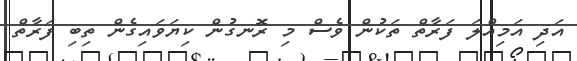
އަދި އަމިއްލަ ފަރާތް ތަކުން ވެސް މި ރޮނގުން ކިޔަވައިގެން ތިބި ފަރާތް